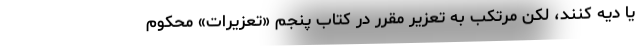
یا دیه کنند، لکن مرتکب به تعزیر مقرر در کتاب پنجم «تعزیرات» محکوم